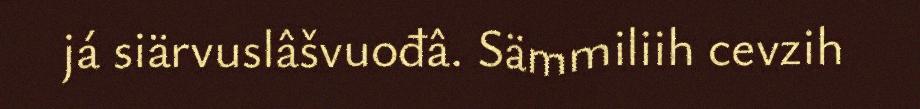
já siärvuslâšvuođâ. Sämmiliih cevzih